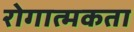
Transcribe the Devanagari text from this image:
रोगात्मकता